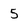
Character: 5